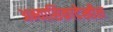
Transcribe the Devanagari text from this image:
अभ्यासिकादेखील